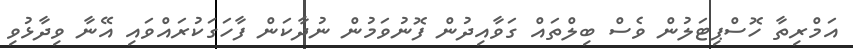
އަމްރިތާ ހޮސްޕިޓަލުން ވެސް ބިލްތައް ގަވާއިދުން ފޮނުވަމުން ނުދާކަން ފާހަގަކުރައްވައި އޭނާ ވިދާޅުވި